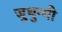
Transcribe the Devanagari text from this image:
जुथुन्गी